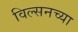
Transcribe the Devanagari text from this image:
विल्सनच्या